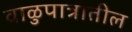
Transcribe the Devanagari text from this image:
वाळुपात्रातील